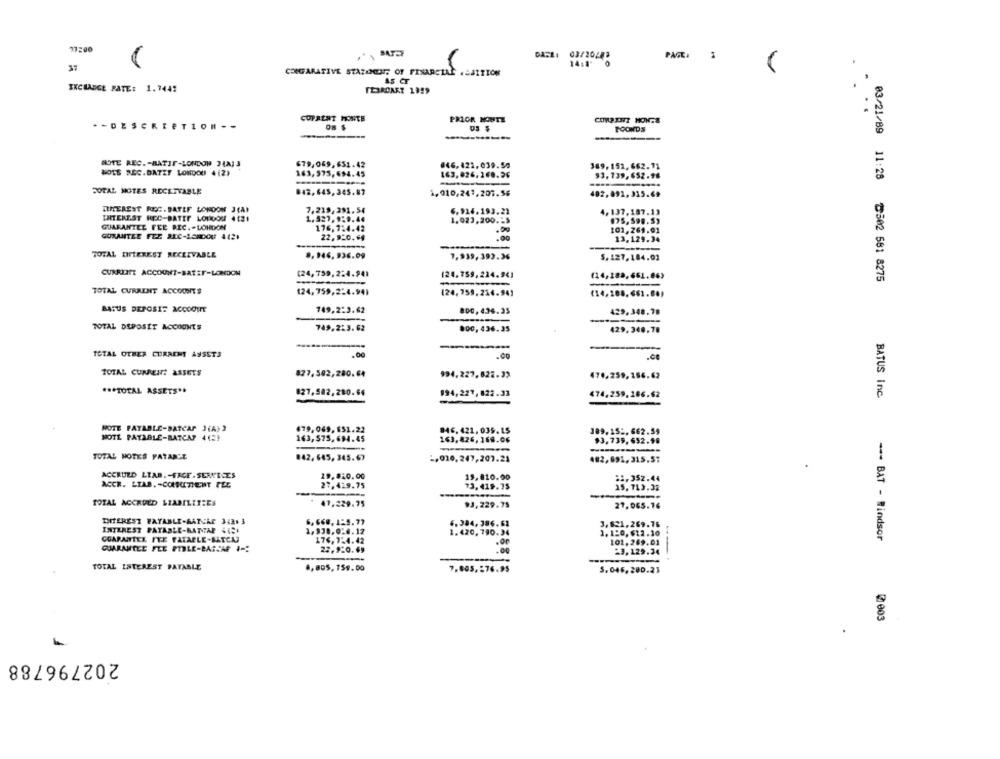
77200
PAGE. 1
14:1'
CONGARATIVE STATEMENT OF FIXARELLE .SAITION
AS CF
EXCHANGE RATE: 1.744:
COPRENT MONTE
PRIOR HOUTE
COMPEHT HONTE
*- DESCRIPTION --
On $
FOONDS
NOTE REC. - MATIF-LONDON JIA33
679,049,651.42
#46,425,039.50
389,151, 662.71
MOTS REC.BATZY LOWDOU 4(2)
163,575, 694.45
163,826,160.36
93,139,652.98
DOTAL NOTES RECEIVABLE
842,645, 345.87
1010,241,207.56
402.892,315.69
THEREST REG. BATEF LONDON J(A)
7.219, 391. 54
6.924.193.22
4, 137,187.13
INTEREST REC-BATER LOPDOU 4 121
1. 327, 9:0.44
1.023,200 .. $
GUARANTEE FEE REC. . LONDON
176,1:4.42
GUXAMITEE FEE SEC-15XXX: 4421
22,920.68
.5℃
101,264.01
13,129.34
TOTAL INTEREST RECEIVABLE
8. 946, 936.09
7,939,393.36
5.127,104.03
CURRENT ACCOUNT-BATEF-LONDON
(24,759, 2:4.941
(24.759,224.94]
(14,289,661.063
03/21/89 11:28 502 581 8275
TOTAL CURRENT ACCOUNTS
124, 759,2:4.941
(24,759.214.941
(14,188,661.80)
BATUS DEPOSIT ACCOOWE
149.2:3.62
800, 436.35
429,348.78
TOTAL DEPOSIT ACCOUNTS
749.2:3.62
800, 436.35
429,348,78
TOTAL OTHER CURRENT ASSETS
.00
.00
.00
TOTAL CURRENT ASSETS
877,502,280.64
994.227,622.32
470.259,166.62
*** TOTAL ASSETS **
827,502, 280.64
994,221, 822.33
474,259,106.62
BATUS Inc
NOTE PAYABLE-BATCAP J(A)
479,069, 651.22
946. 421, 035.15
189.15 :, 662.59
MOTL PATABLE-BATCA? 413!
163,$75, 694.45
163,826,168.06
93, 739, 652.98
TOTAL NOTES PATARDE
842, 645, 345.67
2.020,247,207.25
482,891, 315.57
ACCRUED LIAB. - FACE . SERVE.ES
29.820.00
19.810.00
12,352.44
ACCR. LIAB. - CONRETIENT PEE
27.429.75
73.419.75
15.713.32
TOTAL ACCRUED LIABILITIES
47,229.75
93.229.75
27.065.74
6.384,396.61
3,621,269.76
INTEREST PAYABLE-KATHAR SIS
1.420, 790.34
1. 120,$12.10
GUARANTEE ITE FATAPLE-BATCAS
176,7:4.42
101,269.01
--- BAT - Rindsor
GUARANTEE FLE PERLE-BASSAF # =:
23,9:0.69
23.129.24
-
TOTAL INTEREST PAYABLE
8,805, 159. 00
7.805, 276.95
3,046,280.23
@ 003
202796788